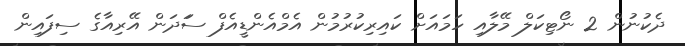
ދެކުނުން 2 ނޯޓިކަލް މޭލާއި ހަމައަށް ކައިރިކުރުމުން އެމްއެންޑީއެފް ސަަދަން އޭރިއާގެ ސިފައިން